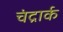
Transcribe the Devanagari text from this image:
चंद्रार्क